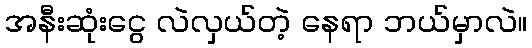
အနီးဆုံးငွေ လဲလှယ်တဲ့ နေရာ ဘယ်မှာလဲ။